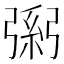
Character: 𢐐